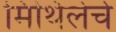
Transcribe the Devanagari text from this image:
मिथिलेचे